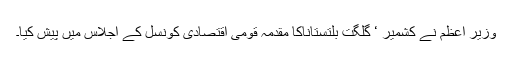
وزیر اعظم نے کشمیر ‘ گلگت بلتستاناکا مقدمہ قومی اقتصادی کونسل کے اجلاس میں پیش کیا۔